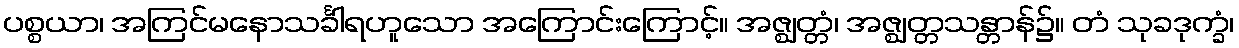
ပစ္စယာ၊ အကြင်မနောသင်္ခါရဟူသော အကြောင်းကြောင့်။ အဇ္ဈတ္တံ၊ အဇ္ဈတ္တသန္တာန်၌။ တံ သုခဒုက္ခံ၊